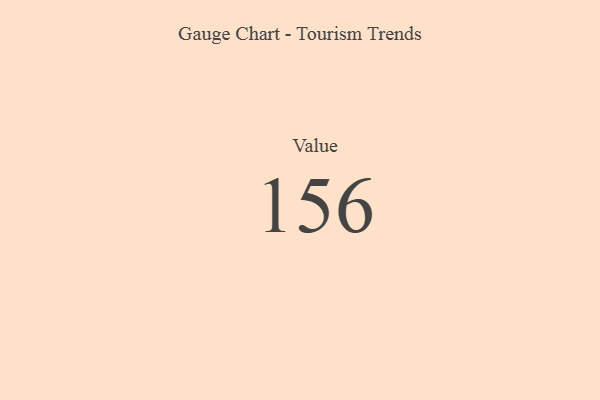
{"axis": {"x": "Metric", "y": "Value"}, "legend": [""], "data": [{"x": "Value", "y": 156, "type": ""}]}